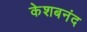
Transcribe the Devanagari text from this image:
केशबनंद